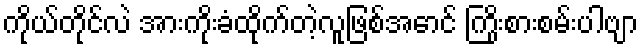
ကိုယ်တိုင်လဲ အားကိုးခံထိုက်တဲ့လူဖြစ်အောင် ကြိုးစားစမ်းပါဗျာ